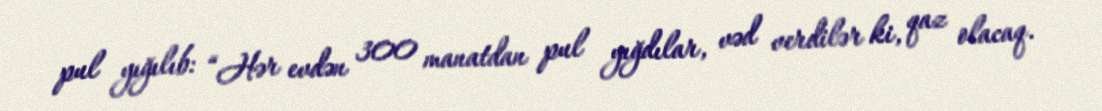
pul yığılıb: “Hər evdən 300 manatdan pul yığdılar, vəd verdilər ki, qaz olacaq.